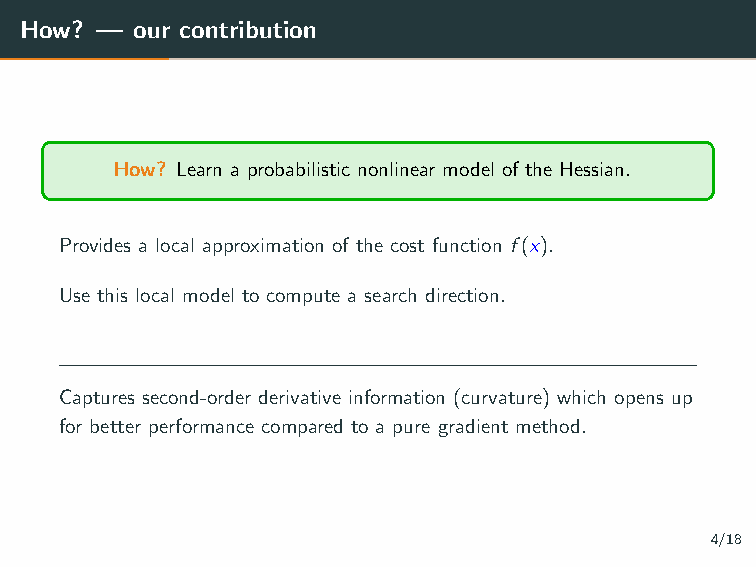
How? —  our contribution
 How? Learn a probabilistic nonlinear model of the Hessian.
 Provides a local approximation of the cost function f(x).
 Use this local model to compute a search direction.
 Captures second-order derivative information (curvature) which opens up
 for better performance compared to a pure gradient method.
 4/18